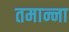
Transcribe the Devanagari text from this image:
तमान्ना